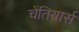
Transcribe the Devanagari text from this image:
चेंतियार्स